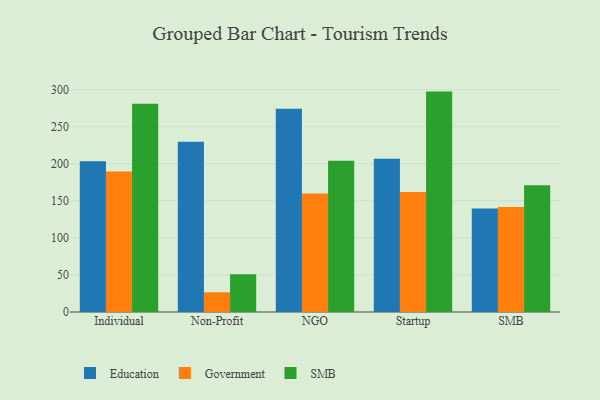
{"axis": {"x": "Segment", "y": "Temperature (°C)"}, "legend": ["Education", "Government", "SMB"], "data": [{"x": "Individual", "y": 203.5, "type": "Education"}, {"x": "Individual", "y": 189.6, "type": "Government"}, {"x": "Individual", "y": 281.0, "type": "SMB"}, {"x": "Non-Profit", "y": 229.7, "type": "Education"}, {"x": "Non-Profit", "y": 26.6, "type": "Government"}, {"x": "Non-Profit", "y": 50.8, "type": "SMB"}, {"x": "NGO", "y": 274.3, "type": "Education"}, {"x": "NGO", "y": 159.8, "type": "Government"}, {"x": "NGO", "y": 204.3, "type": "SMB"}, {"x": "Startup", "y": 207.0, "type": "Education"}, {"x": "Startup", "y": 161.9, "type": "Government"}, {"x": "Startup", "y": 297.5, "type": "SMB"}, {"x": "SMB", "y": 139.6, "type": "Education"}, {"x": "SMB", "y": 141.6, "type": "Government"}, {"x": "SMB", "y": 171.2, "type": "SMB"}]}